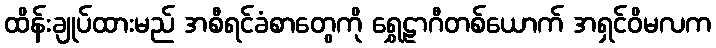
ထိန်းချုပ်ထားမည် အစီရင်ခံစာတွေကို ရွှေဠာဂီတစ်ယောက် အရှင်ဝိမလက